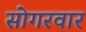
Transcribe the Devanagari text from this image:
सोगरवार